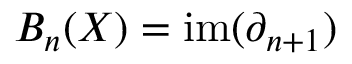
B _ { n } ( X ) = \mathrm { i m } ( \partial _ { n + 1 } )